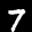
Label: 7